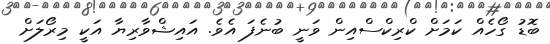
ބޮޑު ގޯހެއް ކަމަށް ކްރިިކްސްއިން ވަނީ ބުނެފަ އެވެ. އައިޝްވާރިޔާ އަކީ މިރޯލަށް